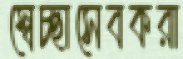
স্বেচ্ছাসেবকরা